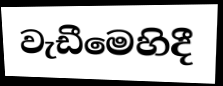
වැඩීමෙහිදී